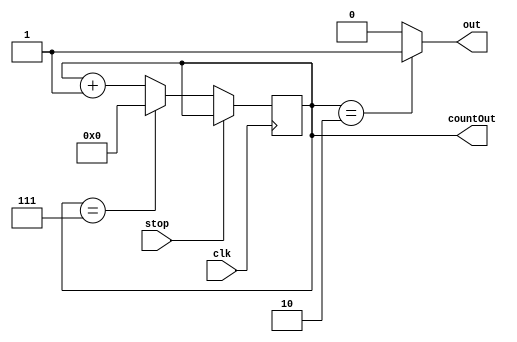
`timescale 1ns/1ps

module counterDecoder(
    input stop, clk,
    output out, 
    output [3:0] countOut
);

    reg [3:0] ps = 4'd0;
    wire [3:0] ns, inc;

    always @(posedge clk)
        ps <= ns;

    assign inc = ps+1;

    assign ns = stop ? ps : (ps == 7) ? 0 :inc;

    assign countOut = ps;
    assign out = (ps == 2) ? 1:0;

endmodule